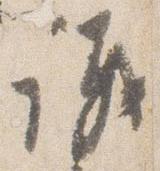
議